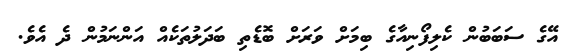
އޭގެ ސަބަބުން ކެލިފޯނިއާގެ ބިމަށް ވަރަށް ބޮޑެތި ބަދަލުތަކެއް އަންނަމުން ދެ އެވެ.